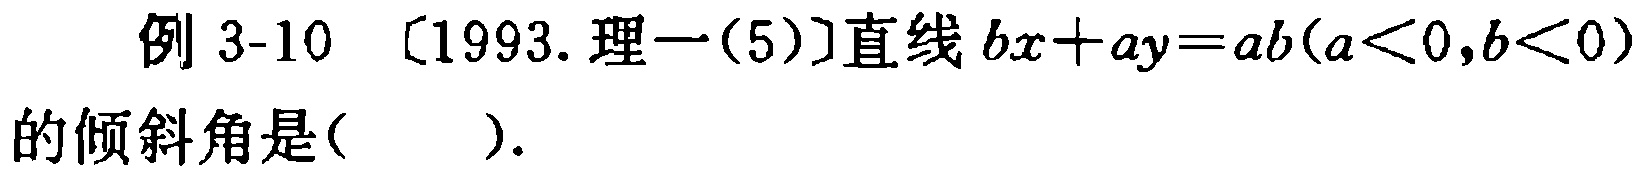
例 3-10 〔1993. 理一(5)〕直线 \(bx + ay = ab(a<0,b<0)\) 的倾斜角是( ).